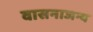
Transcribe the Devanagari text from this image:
वासनाजन्य